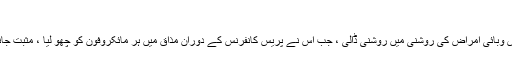
”
گوبرٹ نے مارچ میں اس وبائی امراض کی روشنی میں روشنی ڈالی ، جب اس نے پریس کانفرنس کے دوران مذاق میں ہر مائکروفون کو چھو لیا ، مثبت جانچنے سے کچھ دن پہلے۔